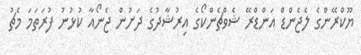
ޔޫކްރޭންގެ ލެޖެންޑް އަންޑްރޭ ޝެވްޗެންކޯގެ އިރުޝާދުގެ ދަށުން ޖެނޯއާ ކުޅުނު ފުރަތަމަ މެޗު